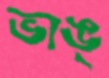
ভাঙ্‌